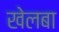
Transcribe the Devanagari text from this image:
खेलबा